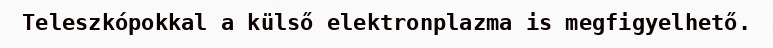
Teleszkópokkal a külső elektronplazma is megfigyelhető.